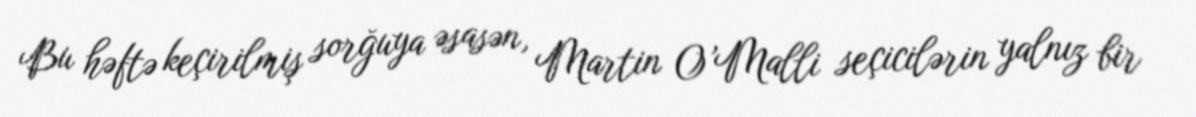
Bu həftə keçirilmiş sorğuya əsasən, Martin O’Malli seçicilərin yalnız bir